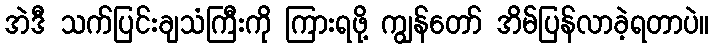
အဲဒီ သက်ပြင်းချသံကြီးကို ကြားရဖို့ ကျွန်တော် အိမ်ပြန်လာခဲ့ရတာပဲ။